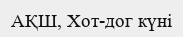
АҚШ, Хот-дог күні